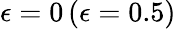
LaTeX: \epsilon=0\, (\epsilon=0.5)